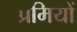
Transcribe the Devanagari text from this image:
प्रमियों